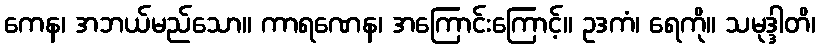
ကေန၊ အဘယ်မည်သော။ ကာရဏေန၊ အကြောင်းကြောင့်။ ဥဒကံ၊ ရေကို။ သမုဒ္ဒါတိ၊